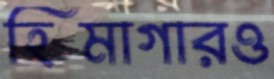
হিমাগারও